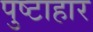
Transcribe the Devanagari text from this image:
पुष्टाहार